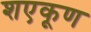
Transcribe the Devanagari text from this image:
शएकूण